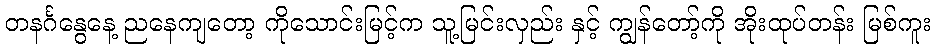
တနင်္ဂနွေနေ့ ညနေကျတော့ ကိုသောင်းမြင့်က သူ့မြင်းလှည်း နှင့် ကျွန်တော့်ကို အိုးထုပ်တန်း မြစ်ကူး